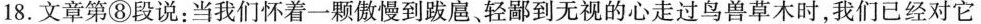
18.文章第⑧段说：当我们怀着一颗傲慢到跋扈、轻鄙到无视的心走过鸟兽草木时，我们已经对它